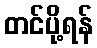
တင်ပို့ရန်